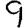
Digit: 9